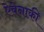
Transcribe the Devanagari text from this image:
ऐबेनाकी